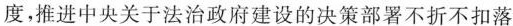
度，推进中央关于法治政府建设的决策部署不折不扣落